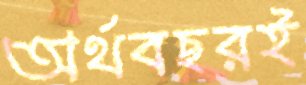
অর্থবছরই